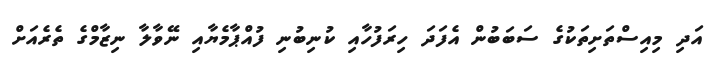
އަދި މިއިސްތަށިތަކުގެ ސަބަބުން އެފަދަ ހިރަފުހާއި ކުނިބުނި ފުއްޕާމެޔާއި ނޭވާލާ ނިޒާމްގެ ތެރެއަށް